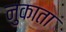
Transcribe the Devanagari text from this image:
नुकाता